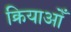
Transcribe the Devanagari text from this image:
क्रियाओँ